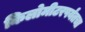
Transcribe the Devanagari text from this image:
किलोमीटरपर्यंतचा